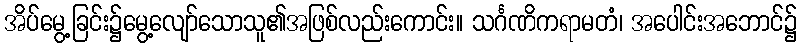
အိပ်မွေ့ခြင်း၌မွေ့လျော်သောသူ၏အဖြစ်လည်းကောင်း။ သင်္ဂဏိကရာမတံ၊ အပေါင်းအဘောင်၌